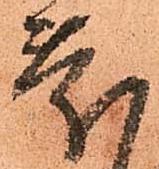
慶